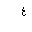
Letter: _ayn